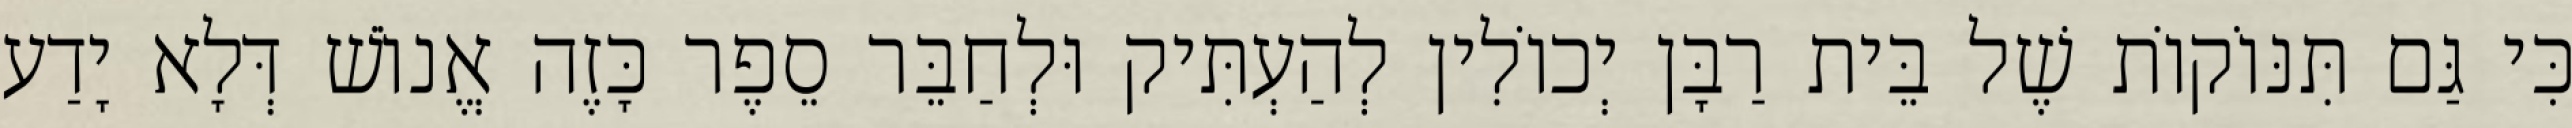
כִּי גַּם תִּנּוֹקוֹת שֶׁל בֵּית רַבָּן יְכוֹלִין לְהַעְתִּיק וּלְחַבֵּר סֵפֶר כָּזֶה אֱנוֹשׁ דְּלָא יָדַע